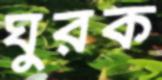
ঘুরক